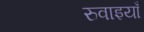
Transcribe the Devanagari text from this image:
रुवाइयाँ